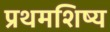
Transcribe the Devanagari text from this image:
प्रथमशिष्य